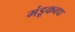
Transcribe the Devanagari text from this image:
मंडूकवध